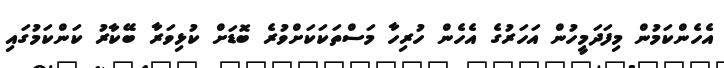
އެހެންކަމުން މިފަދަމީހުން އަހަރުގެ އެހެން ހުރިހާ މަސްތަކަކަށްވުރެ ބޮޑަށް ކުޅިވަރާ ބޭކާރު ކަންކަމުގައި